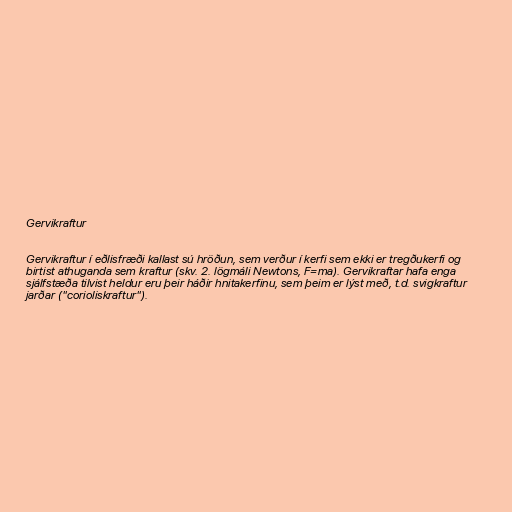
Gervikraftur

Gervikraftur í eðlisfræði kallast sú hröðun, sem verður í kerfi sem ekki er tregðukerfi og
birtist athuganda sem kraftur (skv. 2. lögmáli Newtons, F=ma). Gervikraftar hafa enga
sjálfstæða tilvist heldur eru þeir háðir hnitakerfinu, sem þeim er lýst með, t.d. svigkraftur
jarðar ("corioliskraftur").